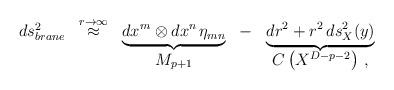
LaTeX: \begin{align*}\begin{array}{ccccc}ds^2_{brane} &\stackrel{r\to \infty}{\approx} &\underbrace{dx^m \otimes dx^n \,\eta_{m n}} & - & \underbrace{dr^2 +r^2 \, ds^2_{X}(y)}\\\null & \null & M_{p+1} & \null & C\left (X^{D-p-2}\right)\,,\end{array}\end{align*}